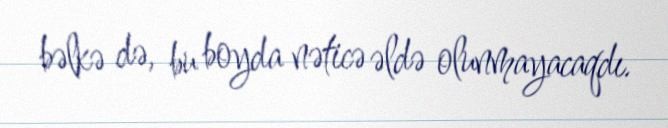
bəlkə də, bu boyda nəticə əldə olunmayacaqdı.